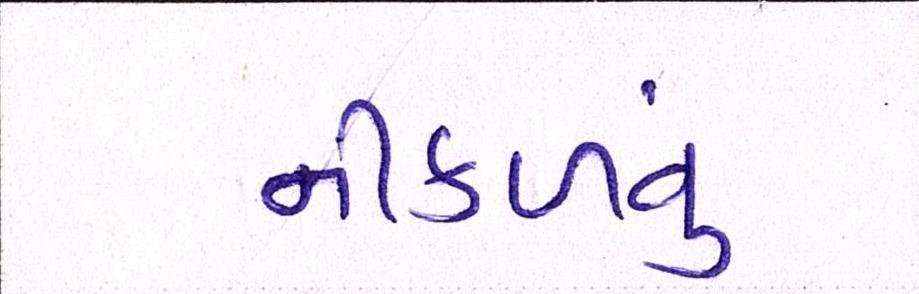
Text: નીકળવું